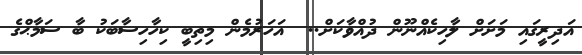
އަދިރީގައި މަށަށް ލާހިކެއްނޫން ދުއްވާކަށް..  އަހަރުމެން މިތިބީ ކިހާހިސާބަކު ބާ ސަމާޙްގެ